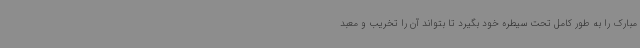
مبارک را به طور کامل تحت سیطره خود بگیرد تا بتواند آن را تخریب و معبد